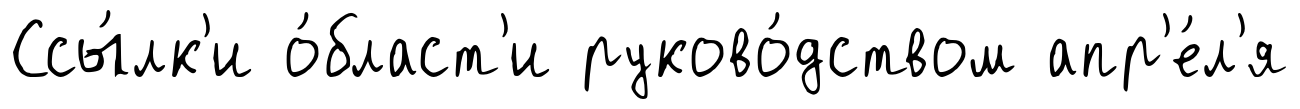
Ссы́лк'и о́бласт'и руково́дством апр'е́л'я